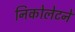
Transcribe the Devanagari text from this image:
निकोलेटने